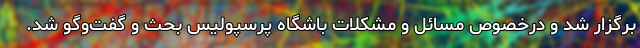
برگزار شد و درخصوص مسائل و مشکلات باشگاه پرسپولیس بحث و گفت‌وگو شد.